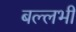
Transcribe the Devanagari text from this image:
बल्‍लभी